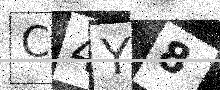
Text: C4Y8